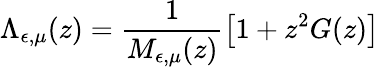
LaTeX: \Lambda_{\epsilon,\mu}(z)=\frac{1}{M_{\epsilon,\mu}(z)}\big[1+z^{2}G(z)\big]